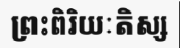
ព្រះពិរិយៈតិស្ស